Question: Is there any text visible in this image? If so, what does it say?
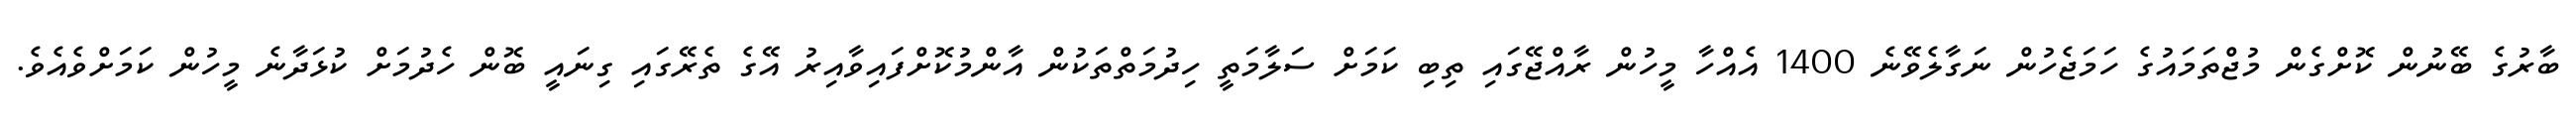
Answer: ބާރުގެ ބޭނުން ކޮށްގެން މުޖްތަމައުގެ ހަމަޖެހުން ނަގާލެވޭނެ 1400 އެއްހާ މީހުން ރާއްޖޭގައި ތިބި ކަމަށް ސަލާމަތީ ހިދުމަތްތަކުން އާންމުކޮށްފައިވާއިރު އޭގެ ތެރޭގައި ގިނައީ ބޮން ހެދުމަށް ކުޅަދާނެ މީހުން ކަމަށްވެއެވެ.